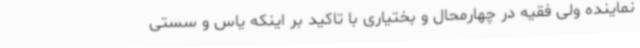
نماینده ولی فقیه در چهارمحال و بختیاری با تاکید بر اینکه یاس و سستی